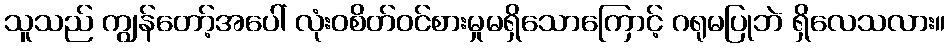
သူသည် ကျွန်တော့်အပေါ် လုံးဝစိတ်ဝင်စားမှုမရှိသောကြောင့် ဂရုမပြုဘဲ ရှိလေသလား။